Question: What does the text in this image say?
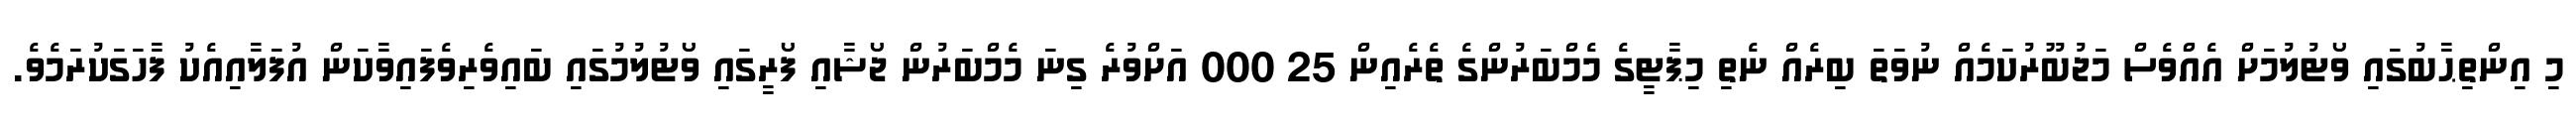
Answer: މި އިންތިޙާބުގައި ވޯޓުލުމަށް އެއްވެސް މަޖުބޫރުކަމެއް ނުވަތަ ބިރެއް ނެތި މިޕާޓީގެ މެމްބަރުންގެ ތެރެއިން 25 000 އަށްވުރެ ގިނަ މެމްބަރުން ޖޯޝާއި ފޯރީގައި ވޯޓުލުމުގައި ބައިވެރިވެފައިވާކަން އުފަލާއިއެކު ފާހަގަކުރަމެވެ.